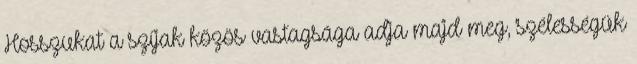
Hosszukat a szíjak közös vastagsága adja majd meg, szélességük